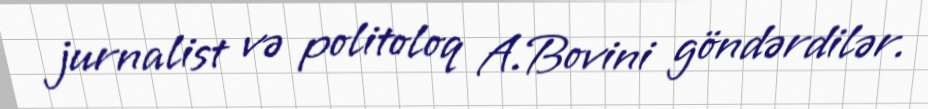
jurnalist və politoloq A.Bovini göndərdilər.